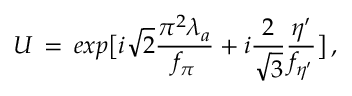
U \, = \, e x p \bigl [ i \sqrt { 2 } { \frac { \pi ^ { 2 } \lambda _ { a } } { f _ { \pi } } } + i { \frac { 2 } { \sqrt { 3 } } } { \frac { \eta ^ { \prime } } { f _ { \eta ^ { \prime } } } } \bigr ] \, ,